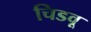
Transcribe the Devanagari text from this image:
चिडवू